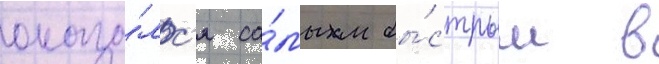
оказа́лс'я са́мым бы́стрым в